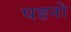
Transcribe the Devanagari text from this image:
पहनो